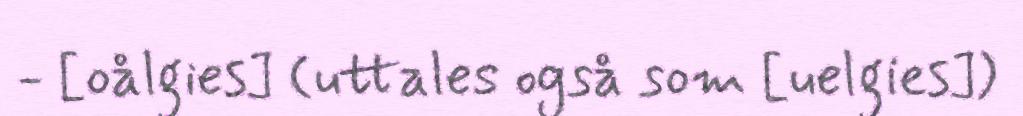
- [oålgies] (uttales også som [uelgies])